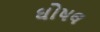
ઘોષલ